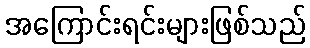
အကြောင်းရင်းများဖြစ်သည်